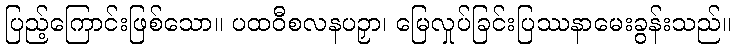
ပြည့်ကြောင်းဖြစ်သော။ ပထဝီစလနပဉှာ၊ မြေလှုပ်ခြင်းပြဿနာမေးခွန်းသည်။